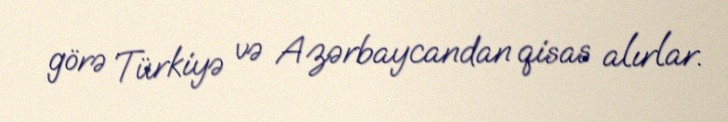
görə Türkiyə və Azərbaycandan qisas alırlar.